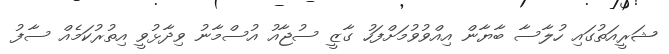
ޝަރީއަތުގައި ހުލާސާ ބާޔާން އިއްވުވުމަށްފަހު ގާޒީ ސުޖާއު އުސްމާނު ވިދާޅުވީ އިތުރުކަމެއް ސާފު